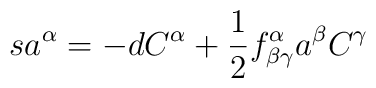
sa^{\alpha }=-dC^{\alpha }+\frac{1}{2}f_{\beta \gamma }^{\alpha }a^{\beta}C^{\gamma }